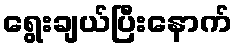
ရွေးချယ်ပြီးနောက်